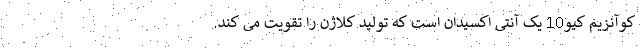
کوآنزیم کیو10 یک آنتی اکسیدان است که تولید کلاژن را تقویت می کند.